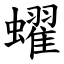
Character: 蠗